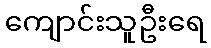
ကျောင်းသူဦးရေ